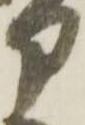
部